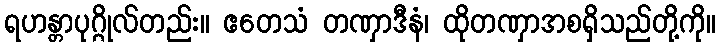
ရဟန္တာပုဂ္ဂိုလ်တည်း။ ဧတေသံ တဏှာဒီနံ၊ ထိုတဏှာအစရှိသည်တို့ကို။